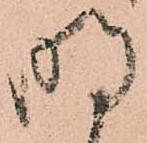
明